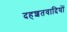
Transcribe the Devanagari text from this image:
दहशतवादियों